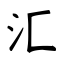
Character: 汇